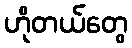
ဟိုတယ်တွေ